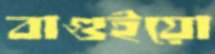
বাগুইয়ো